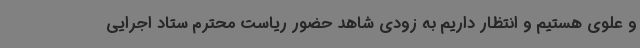
و علوی هستیم و انتظار داریم به زودی شاهد حضور ریاست محترم ستاد اجرایی